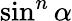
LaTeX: \sin^{n}\alpha